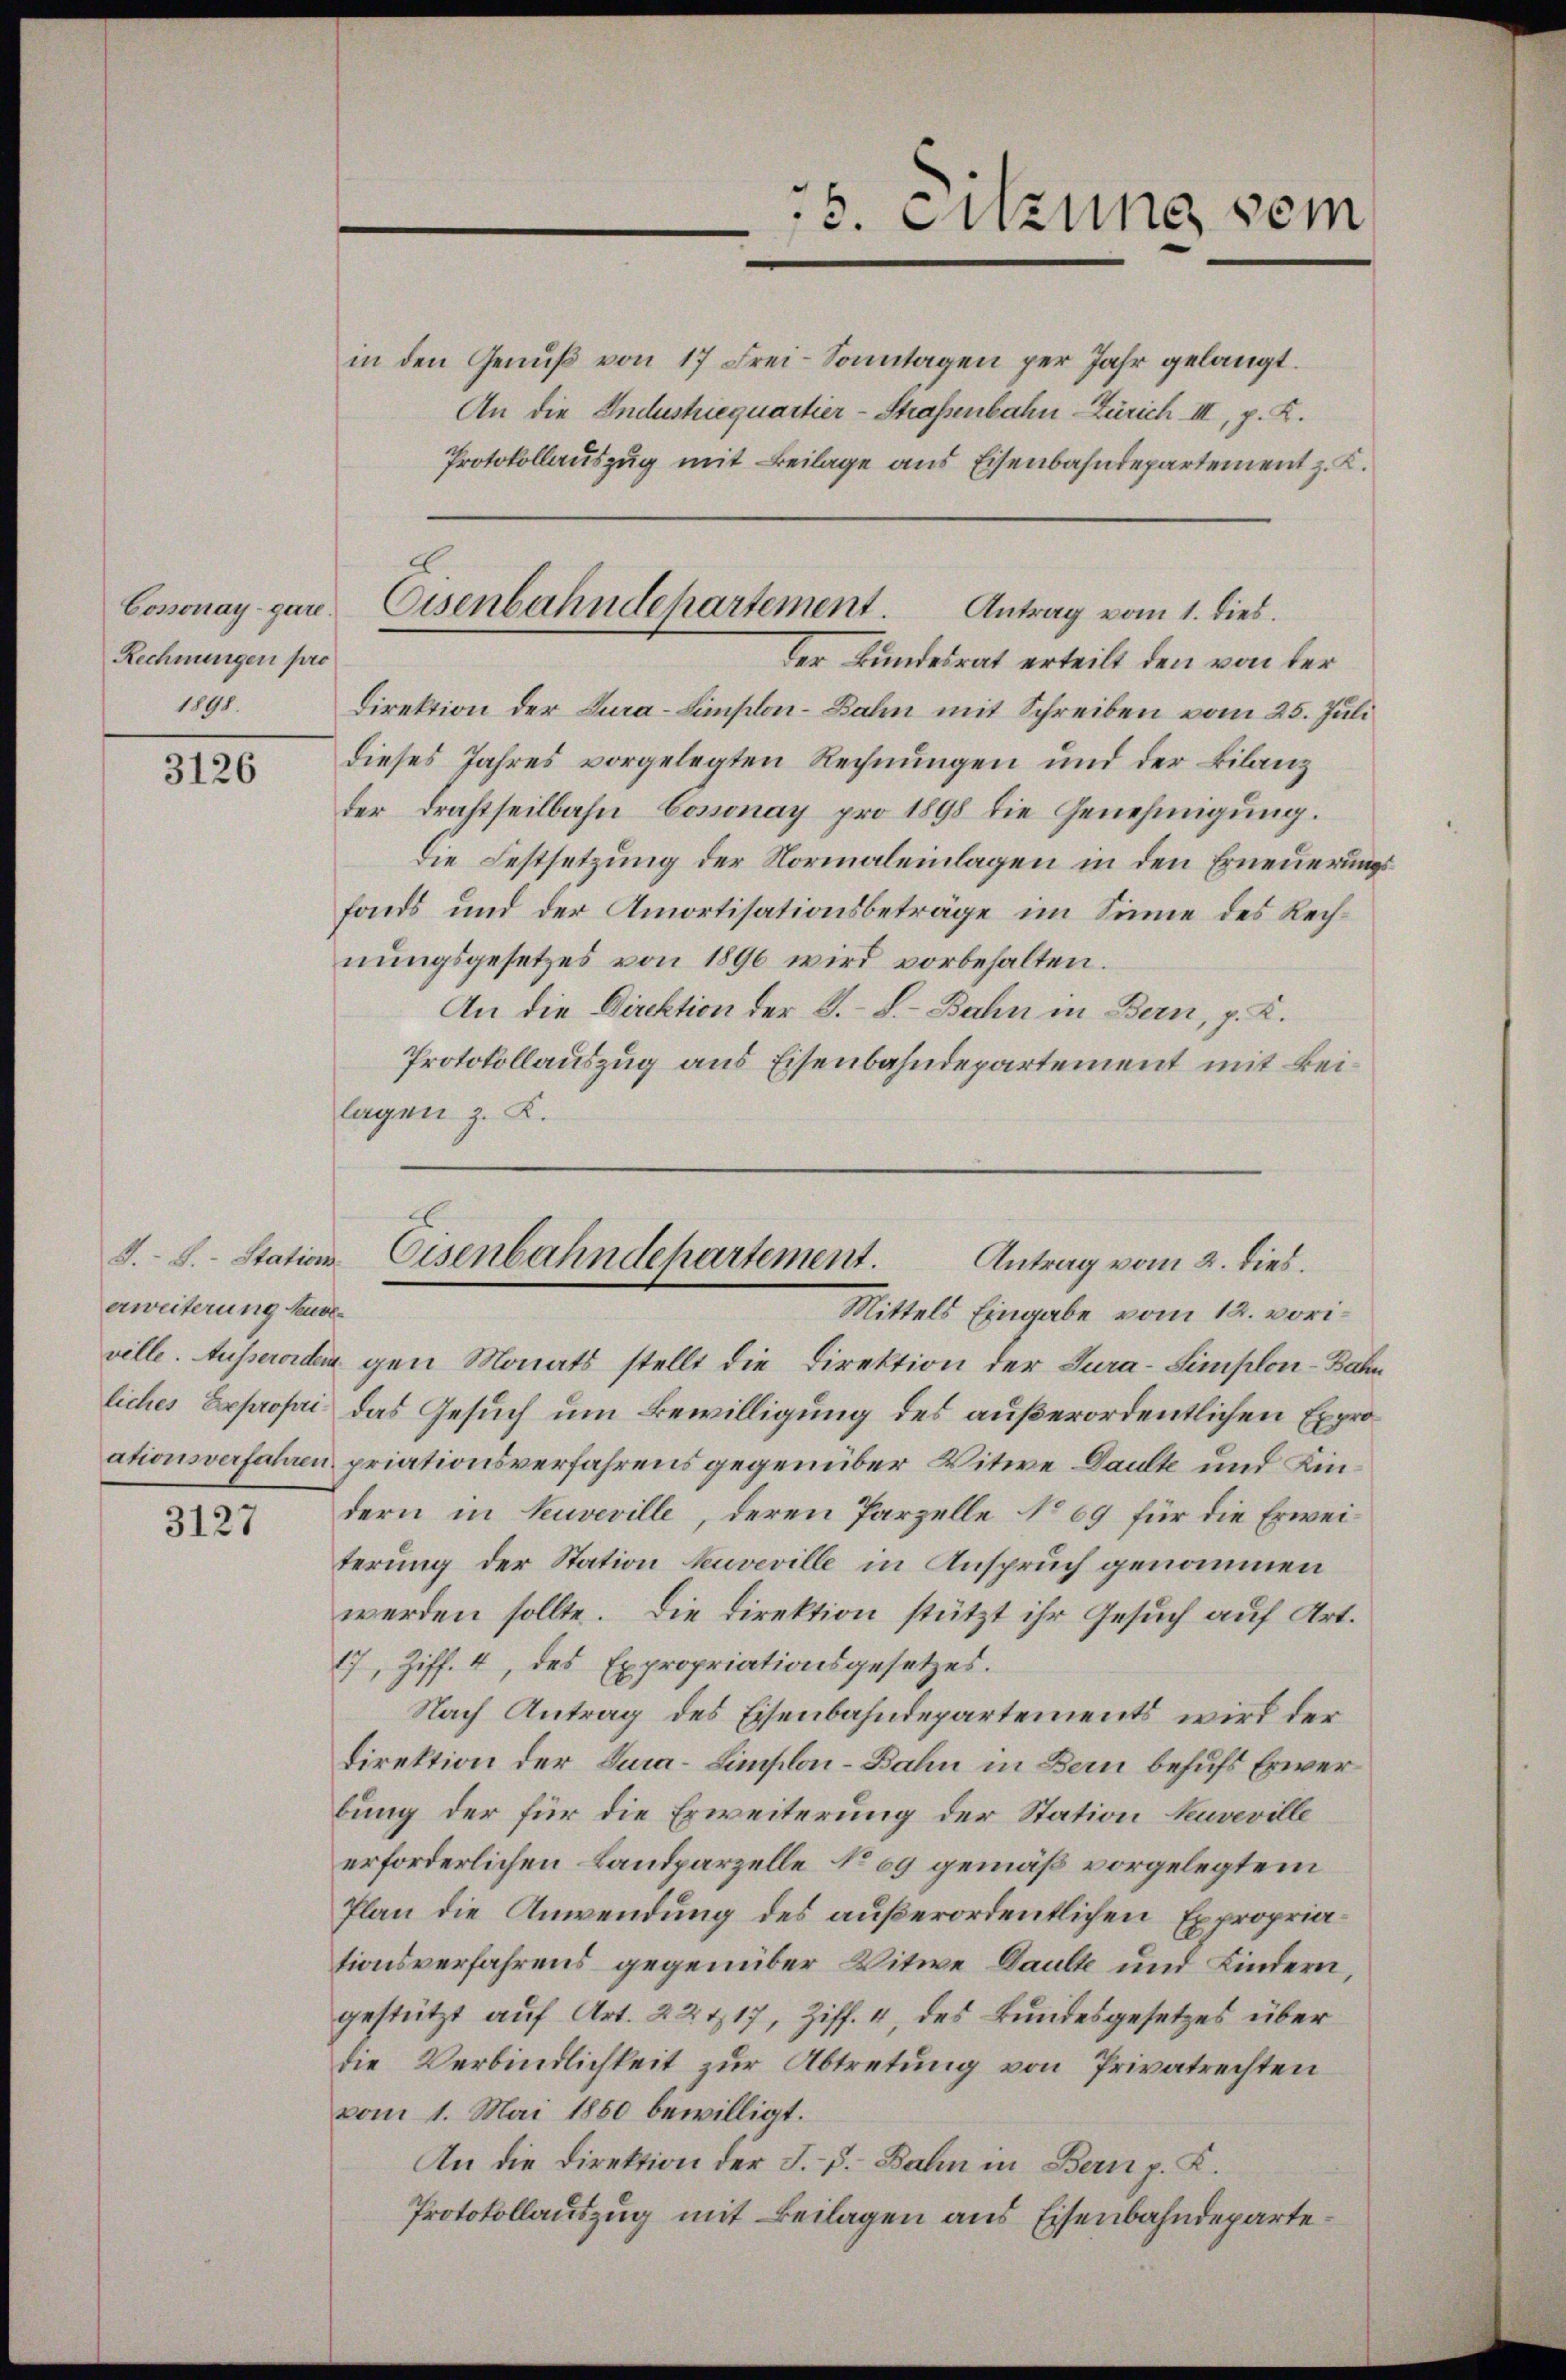
Cossonay-gare.
Rechnungen pro
1891.

3126

erweiterung kuve-

3127

in den Genuß von 17 Frei-Sonntagen per Jahr gelangt.
An die Andustriequartier-Straßenbahn-Zürich III, p. K.
Protokollauszug mit Beilage aus Eisenbahndepartement z. K.

25. Sitzung sein

Eisenbahndehartement. Antrag vom 1. dies
der Bundesrat erteilt den von der

Direktion der Cura-Simplon-Bahn mit Schreiben vom 25. Juli
dieses Jahres vorgelegten Rechnungen und der Bilanz
der Drahtheilbahn Cossonay pro 1898 die Genehmigung.
Die Festsetzung der Normaleinlagen in den Erneuerungsfonds und der Amortisationsbeträge im Sinne des Rechnungsgesetzes von 1890 wird vorbehalten.
An die Direktion der S. S. Bahn in Bern, p. K.
Protokollauszug aus Eisenbahndepartement mit Beilagen z. K.

J. L. Station Eisenbahndepartement.
Antrag vom 2. dies.
Mittels Eingabe vom 12. vori¬

ville. Ausserorden gen Monats stellt die Direktion der Jura-Simplon-Bahn
liches Expropri das Gesuch um Bewilligung des außerordentlichen Exproationsverfahren priationsverfahrens gegenüber Witwe Daulte und Kindern in Kuveville, deren Parzelle No 69 für die Erweiterung der Station kuveville in Anspruch genommen
werden sollte. Die Direktion stützt ihr Gesuch auf Art.
17, Ziff. 4, des Expropriationsgesetzes.
Nach Antrag des Eisenbahndepartements wird der
Direktion der Tura-Limplon-Bahn in Bern behufs Erwerbung der für die Erweiterung der Station kuveville
erforderlichen Landparzelle No 69 gemäß vorgelegtem
Plan die Anwendung des außerordentlichen Expropriationsverfahrens gegenüber Witwe Daulte und Kindern,
gestützt auf Art. 22. 417, Ziff. 4, des Bundesgesetzes über
die Verbindlichkeit zur Abtretung von Privatrechten
vom 1. Mai 1850 bewilligt.
An die Direktion der F. v. Bahn in Bern p. K.
Protokollauszug mit Beilagen aus Eisenbahndeparte¬